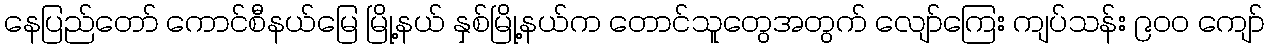
နေပြည်တော် ကောင်စီနယ်မြေ မြို့နယ် နှစ်မြို့နယ်က တောင်သူတွေအတွက် လျော်ကြေး ကျပ်သန်း ၉၀၀ ကျော်